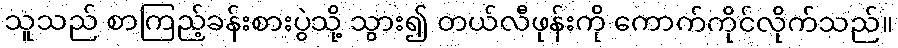
သူသည် စာကြည့်ခန်းစားပွဲသို့ သွား၍ တယ်လီဖုန်းကို ကောက်ကိုင်လိုက်သည်။